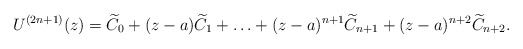
\begin{align*}U^{(2n+1)}(z)=\widetilde C_0+ (z-a)\widetilde C_1+\ldots+(z-a)^{n+1}\widetilde C_{n+1}+(z-a)^{n+2}\widetilde C_{n+2}.\end{align*}